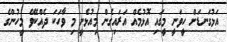
އަޅުގަނޑަށް ހީވަނީ މީގައި އޮޅުމެއް އަރައިގެން މިއުޅެނީ މި ވާހަކަ ދެއްކެވޭ މީހުންގެ